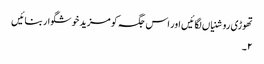
تھوڑی روشنیاں لگائیں اور اس جگہ کو مزید خوشگوار بنائیں
۲۔